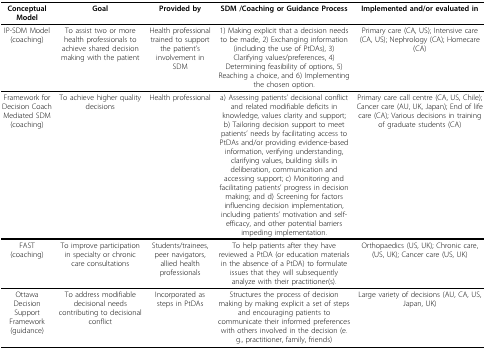
<table><thead><tr><td><b>Conceptual Model</b></td><td><b>Goal</b></td><td><b>Provided by</b></td><td><b>SDM /Coaching or Guidance Process</b></td><td><b>Implemented and/or evaluated in</b></td></tr></thead><tbody><tr><td>IP-SDM Model (coaching)</td><td>To assist two or more health professionals to achieve shared decision making with the patient</td><td>Health professional trained to support the patient’s involvement in SDM</td><td>1) Making explicit that a decision needs to be made, 2) Exchanging information (including the use of PtDAs), 3) Clarifying values/preferences, 4) Determining feasibility of options, 5) Reaching a choice, and 6) Implementing the chosen option.</td><td>Primary care (CA, US); Intensive care (CA, US); Nephrology (CA); Homecare (CA)</td></tr><tr><td>Framework for Decision Coach Mediated SDM (coaching)</td><td>To achieve higher quality decisions</td><td>Health professional</td><td>a) Assessing patients’ decisional conflict and related modifiable deficits in knowledge, values clarity and support; b) Tailoring decision support to meet patients’ needs by facilitating access to PtDAs and/or providing evidence-based information, verifying understanding, clarifying values, building skills in deliberation, communication and accessing support; c) Monitoring and facilitating patients’ progress in decision making; and d) Screening for factors influencing decision implementation, including patients’ motivation and self-efficacy, and other potential barriers impeding implementation.</td><td>Primary care call centre (CA, US, Chile); Cancer care (AU, UK, Japan); End of life care (CA); Various decisions in training of graduate students (CA)</td></tr><tr><td>FAST (coaching)</td><td>To improve participation in specialty or chronic care consultations</td><td>Students/trainees, peer navigators, allied health professionals</td><td>To help patients after they have reviewed a PtDA (or education materials in the absence of a PtDA) to formulate issues that they will subsequently analyze with their practitioner(s).</td><td>Orthopaedics (US, UK); Chronic care, (US, UK); Cancer care (US, UK)</td></tr><tr><td>Ottawa Decision Support Framework (guidance)</td><td>To address modifiable decisional needs contributing to decisional conflict</td><td>Incorporated as steps in PtDAs</td><td>Structures the process of decision making by making explicit a set of steps and encouraging patients to communicate their informed preferences with others involved in the decision (e.g., practitioner, family, friends)</td><td>Large variety of decisions (AU, CA, US, Japan, UK)</td></tr></tbody></table>